Report of the Indian Hemp Drugs Commission, 1894-1895 - Volume IV
Year: 1894
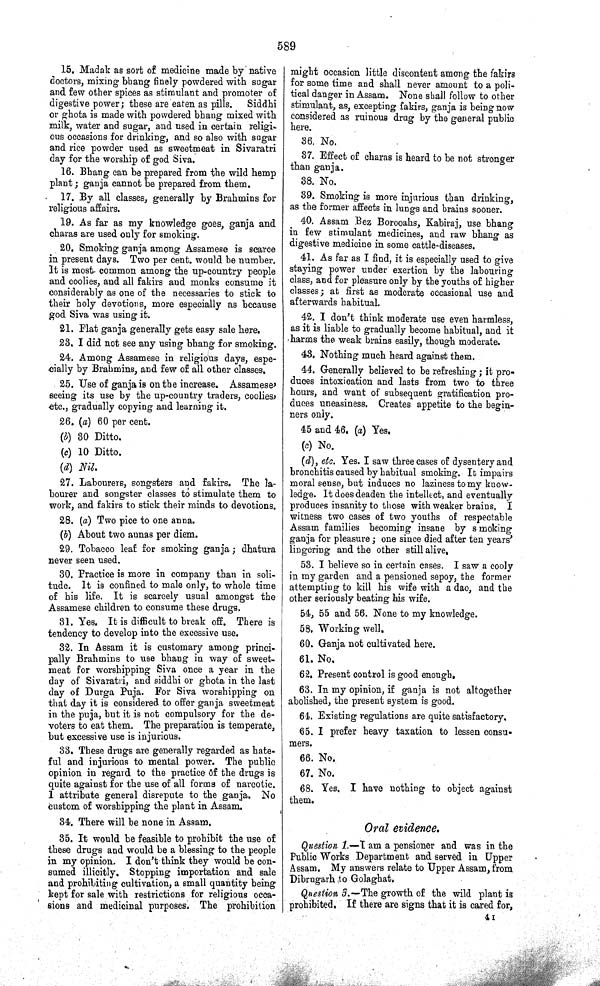
589
15. Madak as sort of medicine made by native
doctors, mixing bhang finely powdered with sugar
and few other spices as stimulant and promoter of
digestive power; these are eaten as pills.
Siddhi
or ghota is made with powdered bhang mixed with
milk, water and sugar, and used in certain religi-
ous occasions for drinking, and so also with sugar
and rice powder used as sweetmeat in Sivaratri
day for the worship of god Siva.
16. Bhang can be prepared from the wild hemp
plant; ganja cannot be prepared from them.
17. By all classes, generally by Brahmins for
religious affairs.
19. As far as my knowledge goes, ganja and
charas are used only for smoking.
20. Smoking ganja among Assamese is scarce
in present days. Two per cent. would be number.
It is most common among the up-country people
and coolies, and all fakirs and monks consume it
considerably as one of the necessaries to stick to
their holy devotions, more especially as because
god Siva was using it.
21. Flat ganja generally gets easy sale here.
23. I did not see any using bhang for smoking.
24. Among Assamese in religious days, espe-
cially by Brahmins, and few of all other classes.
25. Use of ganja is on the increase. Assamese'
seeing its use by the up-country traders, coolies,
etc., gradually copying and learning it.
26. (a) 60 per cent.
(b) 30 Ditto.
(c) 10 Ditto.
(d) Nil.
27. Labourers, songsters and fakirs. The la-
bourer and songster classes to stimulate them to
work, and fakirs to stick their minds to devotions.
28. (a) Two pice to one anna.
(b) About two annas per diem.
29. Tobacco leaf for smoking ganja; dhatura
never seen used.
30. Practice is more in company than in soli-
tude. It is confined to male only, to whole time
of his life. It is scarcely usual amongst the
Assamese children to consume these drugs.
31. Yes. It is difficult to break off. There is
tendency to develop into the excessive use.
32. In Assam it is customary among princi-
pally Brahmins to use bhang in way of sweet-
meat for worshipping Siva once a year in the
day of Sivaratri, and siddhi or ghota in the last
day of Durga Puja. For Siva worshipping on
that day it is considered to offer ganja sweetmeat
in the puja, but it is not compulsory for the de-
voters to eat them. The preparation is temperate,
but excessive use is injurious.
33. These drugs are generally regarded as hate-
ful and injurious to mental power. The public
opinion in regard to the practice of the drugs is
quite against for the use of all forms of narcotic.
I attribute general disrepute to the ganja. No
custom of worshipping the plant in Assam.
34. There will be none in Assam.
35. It would be feasible to prohibit the use of
these drugs and would be a blessing to the people
in my opinion. I don't think they would be con-
sumed illicitly. Stopping importation and sale
and prohibiting cultivation, a small quantity being
kept for sale with restrictions for religious occa-
sions and medicinal purposes. The prohibition
might occasion little discontent among the fakirs
for some time and shall never amount to a poli-
tical danger in Assam. None shall follow to other
stimulant, as, excepting fakirs, ganja is being now
considered as ruinous drug by the general public
here.
36. No.
37. Effect of charas is heard to be not stronger
than ganja.
38. No.
39. Smoking is more injurious than drinking,
as the former affects in lungs and brains sooner.
40. Assam Bez Borooahs, Kabiraj, use bhang
in few stimulant medicines, and raw bhang as
digestive medicine in some cattle-diseases.
41. As far as I find, it is especially used to give
staying power under exertion by the labouring
class, and for pleasure only by the youths of higher
classes; at first as moderate occasional use and
afterwards habitual.
42. I don't think moderate use even harmless,
as it is liable to gradually become habitual, and it
harms the weak brains easily, though moderate.
43. Nothing much heard against them.
44. Generally believed to be refreshing; it pro-
duces intoxication and lasts from two to three
hours, and want of subsequent gratification pro-
duces uneasiness. Creates appetite to the begin-
ners only.
45 and 46. (a) Yes.
(c) No.
(d), etc. Yes. I saw three cases of dysentery and
bronchitis caused by habitual smoking. It impairs
moral sense, but induces no laziness to my know-
ledge. It does deaden the intellect, and eventually
produces insanity to those with weaker brains, I
witness two cases of two youths of respectable
Assam families becoming insane by smoking
ganja for pleasure; one since died after ten years'
lingering and the other still alive.
53. I believe so in certain cases. I saw a cooly
in my garden and a pensioned sepoy, the former
attempting to kill his wife with a dao, and the
other seriously beating his wife.
54, 55 and 56. None to my knowledge.
58. Working well.
60. Ganja not cultivated here.
61. No.
62. Present control is good enough.
63. In my opinion, if ganja is not altogether
abolished, the present system is good.
64. Existing regulations are quite satisfactory.
65. I prefer heavy taxation to lessen consu-
mers.
66. No.
67. No.
68. Yes. I have nothing to object against
them.
Oral evidence.
Question 1.—I am a pensioner and was in the
Public Works Department and served in Upper
Assam. My answers relate to Upper Assam, from
Dibrugarh to Golaghat.
Question 3.—The growth of the wild plant is
prohibited. If there are signs that it is cared for,
4 I